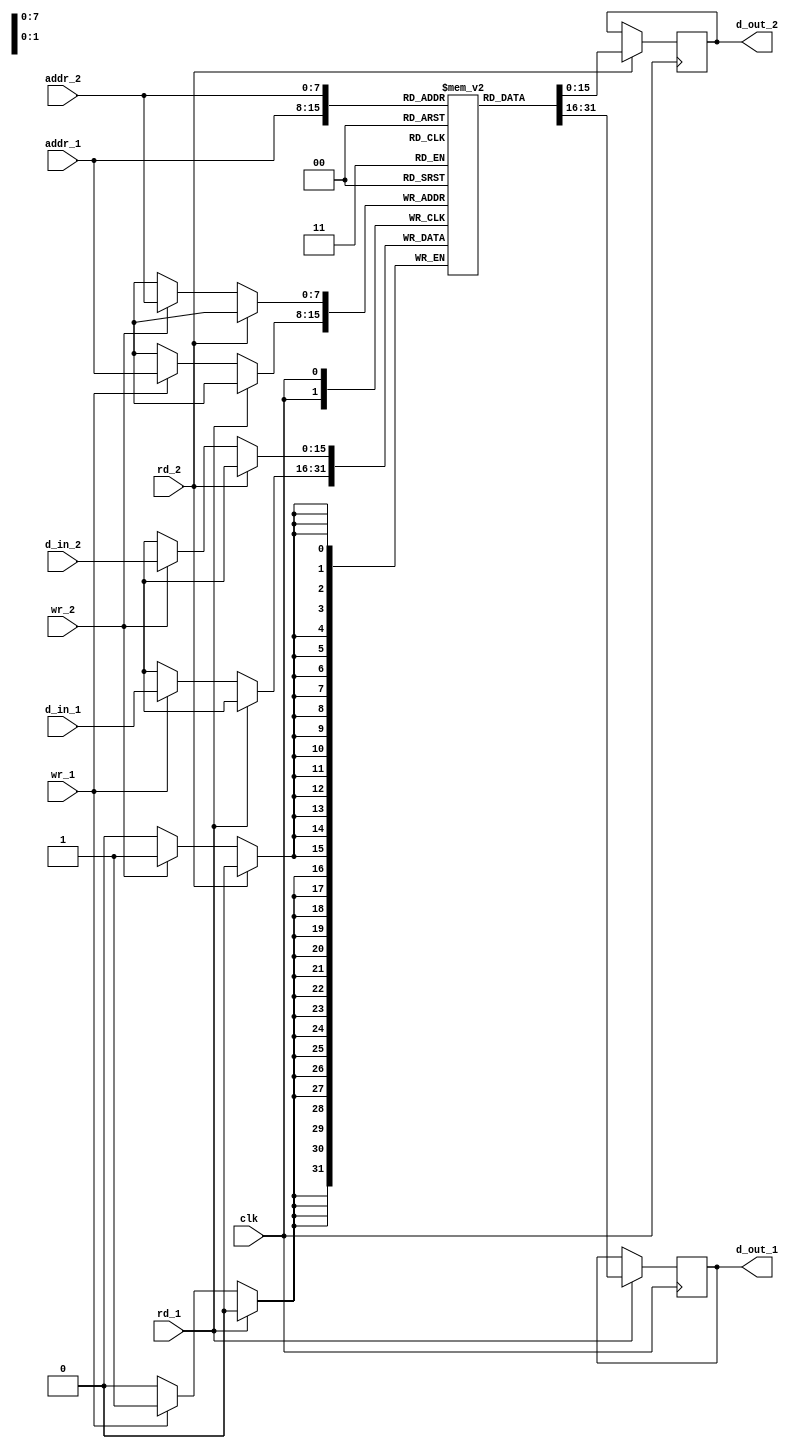
module dualport_RAM(clk, d_in_1, d_out_1, addr_1, rd_1, wr_1, d_in_2, d_out_2, addr_2, rd_2, wr_2);
  
  input clk;

  input [15:0]d_in_1;
  output reg [15:0]d_out_1=0;
  input [7:0]addr_1; // 8 LSB from address
  input rd_1;
  input wr_1;

  input [15:0]d_in_2;
  output reg [15:0]d_out_2=0;
  input [7:0]addr_2; // 8 LSB from address
  input rd_2;
  input wr_2;


  // Declare the RAM variable
  reg [15:0] ram [255:0]; // 256-bit x 8-bit RAM


always @(negedge clk)
begin

//------------------ port 1	: 	core J1---------------------

	if (rd_1) begin
		d_out_1<= ram[addr_1];
	end
	else if(wr_1) begin
		ram[addr_1] <= d_in_1;
	end

//------------------ port 1	: 	core J1---------------------
end

always @(negedge clk)
begin
//------------------ port 2	:	core peripheric-------------

	/*else*/ if (rd_2) begin
		d_out_2 <= ram[addr_2];
	end
	else if(wr_2) begin
		ram[addr_2] <= d_in_2;
	end
//	else
//		ram[addr_2] <= ram[addr_2];

//------------------ port 2	:	core peripheric-------------
end




endmodule